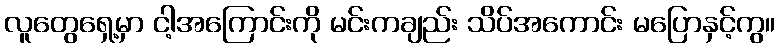
လူတွေရှေ့မှာ ငါ့အကြောင်းကို မင်းကချည်း သိပ်အကောင်း မပြောနှင့်ကွ။